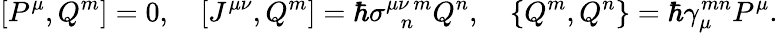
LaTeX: [P^{\mu},Q^{m}]=0,\ \ \ \ [J^{\mu\nu},Q^{m}]=\hbar\sigma_{\ \ \, n}^{\mu\nu\, m}Q^{n},\ \ \ \ \{ Q^{m},Q^{n}\} =\hbar\gamma_{\mu}^{mn}P^{\mu}.